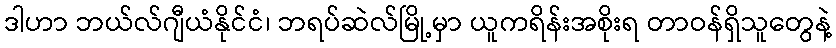
ဒါဟာ ဘယ်လ်ဂျီယံနိုင်ငံ၊ ဘရပ်ဆဲလ်မြို့မှာ ယူကရိန်းအစိုးရ တာဝန်ရှိသူတွေနဲ့